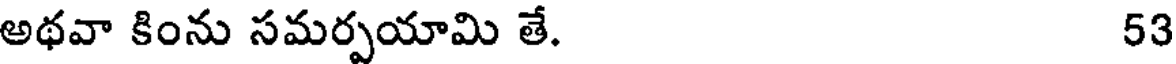
అథవా కింను సమర్పయామి తే. 53